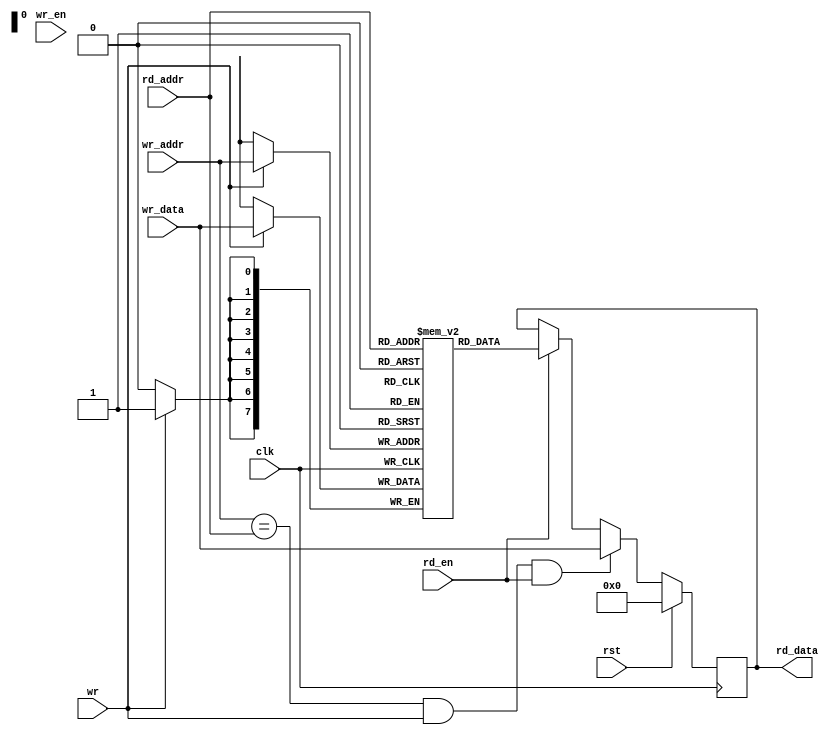
module oc8051_ram_256x8_two_bist (
                     clk,
                     rst,
		     rd_addr,
		     rd_data,
		     rd_en,
		     wr_addr,
		     wr_data,
		     wr_en,
		     wr
`ifdef OC8051_BIST
	 ,
         scanb_rst,
         scanb_clk,
         scanb_si,
         scanb_so,
         scanb_en
`endif
		     );


input         clk, 
              wr, 
	      rst,
	      rd_en,
	      wr_en;
input  [7:0]  wr_data;
input  [7:0]  rd_addr,
              wr_addr;
output [7:0]  rd_data;

`ifdef OC8051_BIST
input   scanb_rst;
input   scanb_clk;
input   scanb_si;
output  scanb_so;
input   scanb_en;
`endif

`ifdef OC8051_RAM_ALTERA
				
myaltera_ram_dp_256x8	altera_ram (
	.aclr ( rst ),
	.clock ( clk ),
	.data ( wr_data ),
	.rdaddress ( rd_addr ),
	.rden( rd_en),
	.wraddress ( wr_addr ),
	.wren ( wr ),
	.q ( rd_data )
	);
	
`else

`ifdef OC8051_RAM_XILINX
	
  xilinx_ram_dp xilinx_ram(
  	// read port
  	.CLKA(clk),
  	.RSTA(rst),
  	.ENA(rd_en),
  	.ADDRA(rd_addr),
  	.DIA(8'h00),
  	.WEA(1'b0),
  	.DOA(rd_data),
  
  	// write port
  	.CLKB(clk),
  	.RSTB(rst),
  	.ENB(wr_en),
  	.ADDRB(wr_addr),
  	.DIB(wr_data),
  	.WEB(wr),
  	.DOB()
  );
  
  defparam
  	xilinx_ram.dwidth = 8,
  	xilinx_ram.awidth = 8;

`else

  `ifdef OC8051_RAM_VIRTUALSILICON

  `else

    `ifdef OC8051_RAM_GENERIC
    
      generic_dpram #(8, 8) oc8051_ram1(
      	.rclk  ( clk            ),
      	.rrst  ( rst            ),
      	.rce   ( rd_en          ),
      	.oe    ( 1'b1           ),
      	.raddr ( rd_addr        ),
      	.do    ( rd_data        ),
      
      	.wclk  ( clk            ),
      	.wrst  ( rst            ),
      	.wce   ( wr_en          ),
      	.we    ( wr             ),
      	.waddr ( wr_addr        ),
      	.di    ( wr_data        )
      );
    
    `else

      reg    [7:0]  rd_data;
      //
      // buffer
      reg    [7:0]  buff [0:255];
      
		// synthesis translate_off
		integer i;
		initial
		begin
			for ( i=0; i<256; i=i+1)
				buff[i] = 8'h00;
		end
		// synthesis translate_on
      
      //
      // writing to ram
      always @(posedge clk)
      begin
       if (wr)
          buff[wr_addr] <= #1 wr_data;
      end
      
      //
      // reading from ram
      always @(posedge clk)
      begin
        if (rst)
          rd_data <= #1 8'h0;
        else if ((wr_addr==rd_addr) & wr & rd_en)
          rd_data <= #1 wr_data;
        else if (rd_en)
          rd_data <= #1 buff[rd_addr];
      end
    `endif  //OC8051_RAM_GENERIC
  `endif    //OC8051_RAM_VIRTUALSILICON  
`endif      //OC8051_RAM_XILINX
`endif      //OC8051_RAM_ALTERA

endmodule